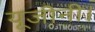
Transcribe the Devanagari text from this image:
यूजीनी।